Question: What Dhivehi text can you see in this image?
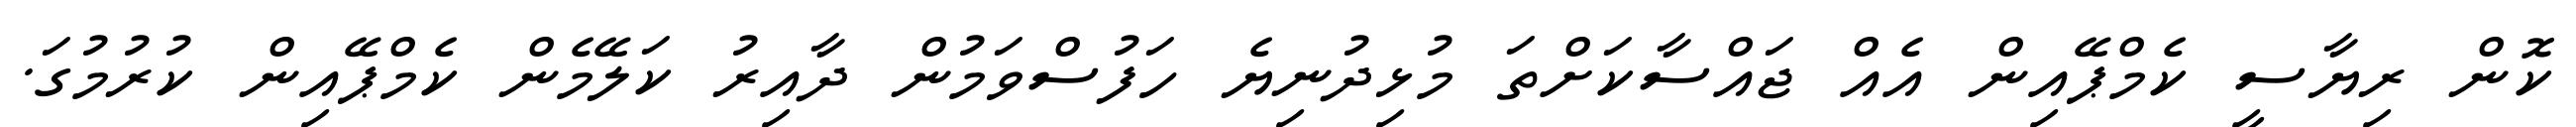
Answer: ކޮން ރިޔާސީ ކެމްޕޭއިން އެއް ޖައްސާކަށްތަ މުޅިދުނިޔެ ހަފުސްވަމުން ދާއިރު ކަލޭމެން ކެމްޕޭއިން ކުރުމުގަ.